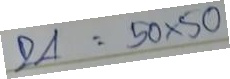
24 = 50x50